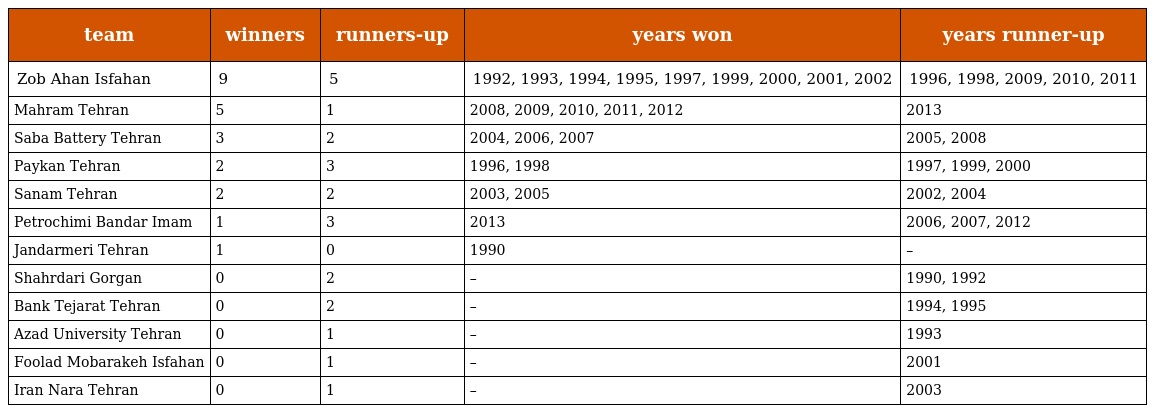
| team | winners | runners-up | years won | years runner-up |
 | --- | --- | --- | --- | --- |
 | Zob Ahan Isfahan | 9 | 5 | 1992, 1993, 1994, 1995, 1997, 1999, 2000, 2001, 2002 | 1996, 1998, 2009, 2010, 2011 |
 | Mahram Tehran | 5 | 1 | 2008, 2009, 2010, 2011, 2012 | 2013 |
 | Saba Battery Tehran | 3 | 2 | 2004, 2006, 2007 | 2005, 2008 |
 | Paykan Tehran | 2 | 3 | 1996, 1998 | 1997, 1999, 2000 |
 | Sanam Tehran | 2 | 2 | 2003, 2005 | 2002, 2004 |
 | Petrochimi Bandar Imam | 1 | 3 | 2013 | 2006, 2007, 2012 |
 | Jandarmeri Tehran | 1 | 0 | 1990 | – |
 | Shahrdari Gorgan | 0 | 2 | – | 1990, 1992 |
 | Bank Tejarat Tehran | 0 | 2 | – | 1994, 1995 |
 | Azad University Tehran | 0 | 1 | – | 1993 |
 | Foolad Mobarakeh Isfahan | 0 | 1 | – | 2001 |
 | Iran Nara Tehran | 0 | 1 | – | 2003 |